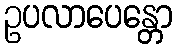
ဥပလာပေန္တော